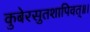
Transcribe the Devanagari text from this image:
कुबेरसुतशापिवत्‌॥।